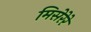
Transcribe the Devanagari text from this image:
मिसेरेरे